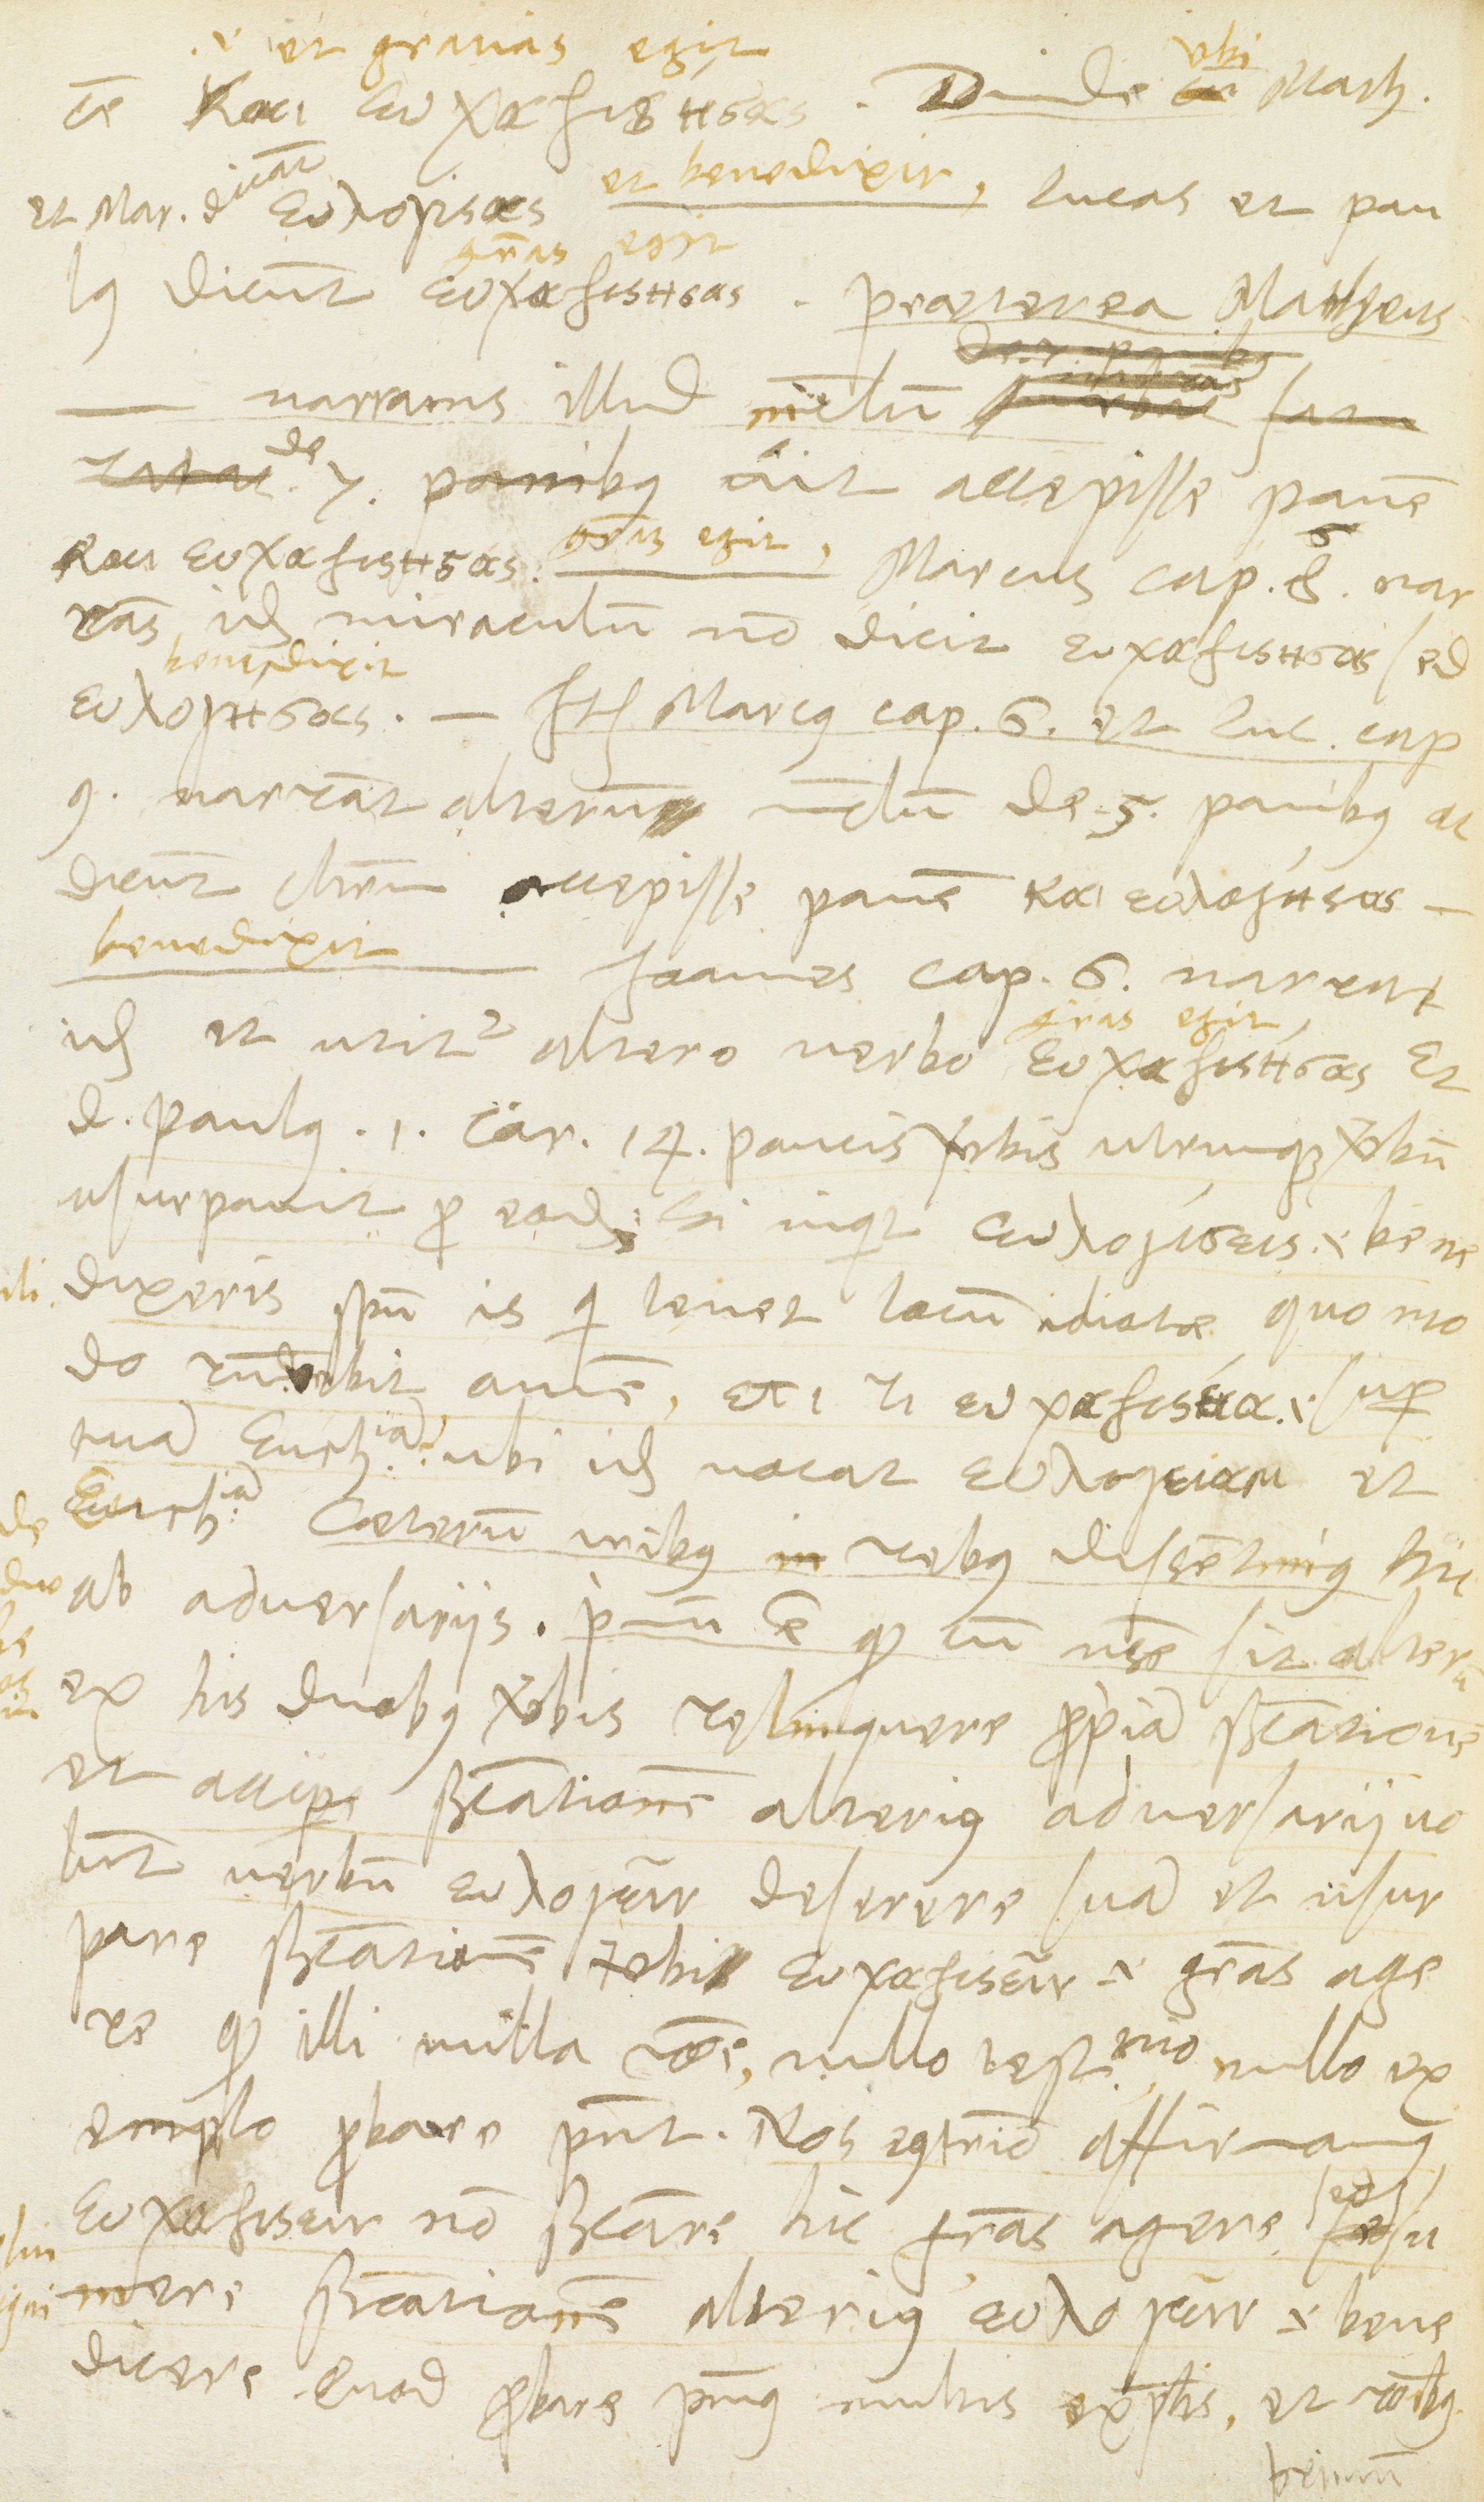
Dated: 1568–1568